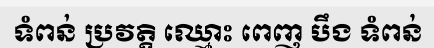
ទំពន់ ប្រវត្តិ ឈ្មោះ ពេញ បឹង ទំពន់